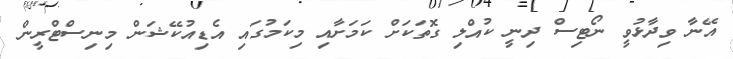
އޭނާ ވިދާޅުވީ ނޯޓިސް ދިނީ ކުއްލި ގޮތަކަށް ކަމަށާއި މިކަމުގައި އެޑިއުކޭޝަން މިނިސްޓްރީން